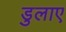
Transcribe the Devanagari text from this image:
डुलाए